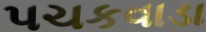
પચકવાડા